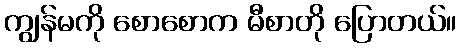
ကျွန်မကို စောစောက မီစာတို ပြောတယ်။